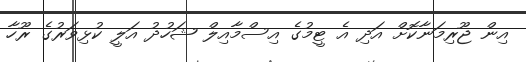
އިން ޖޫރިމަނާކޮށް އަދި އެ ޓީމުގެ އިސްމާއިލް ޝަހުދު އަލީ ކުޅިވަރުގެ ރޫހާ